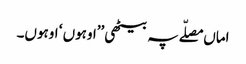
اماں مصلّے پہ بیٹھی ’’اوہوں ‘ اوہوں۔